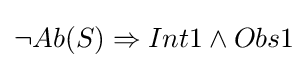
\neg Ab(S)\Rightarrow Int1\wedge Obs1